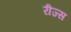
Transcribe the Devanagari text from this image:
रीज्स